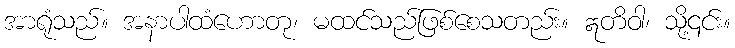
အာရုံသည်။ အနာပါထံဟောတု၊ မထင်သည်ဖြစ်စေသတည်း။ ဣတိဝါ၊ သို့၎င်း။